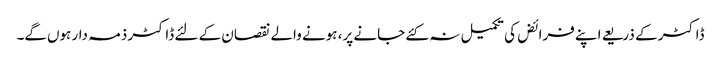
ڈاکٹر کے ذریعے اپنے فرائض کی تکمیل نہ کئے جانے پر، ہونے والے نقصان کے لئے ڈاکٹر ذمہ دار ہوں‌گے۔